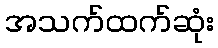
အသက်ထက်ဆုံး